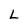
Character: L